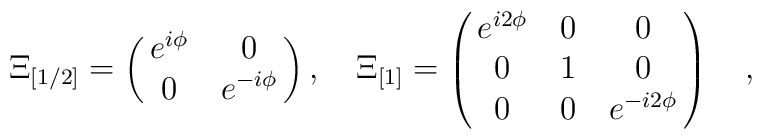
\Xi_{[1/2]} =\pmatrix{e^{i\phi} & 0\cr0 & e^{-i\phi}\cr},\quad \Xi_{[1]} = \pmatrix{e^{i2\phi} &0 &0\cr0&1&0\cr 0& 0& e^{-i2\phi}\cr}\quad,